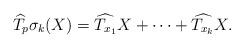
LaTeX: \begin{align*}\widehat{T_{p}}\sigma_{k}(X) = \widehat{T_{x_{1}}}X +\dots + \widehat{T_{x_{k}}}X.\end{align*}